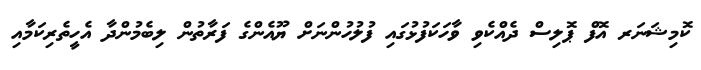
ކޮމިޝަނަރ އޮފް ޕޮލިސް ދެއްކެވި ވާހަކަފުޅުގައި ފުލުހުންނަށް ޔޫއެންގެ ފަރާތުން ލިބެމުންދާ އެހީތެރިކަމާއި